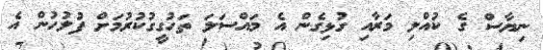
ނިޔާސް ގެ ކުއްލި މަރާއި ގުޅިގެން އެ މައްސަލަ ތަހުގީގުކުރުމަށް ފުލުހުން އެ